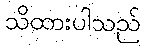
သိထားပါသည်